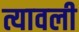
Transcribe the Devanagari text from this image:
त्यावली